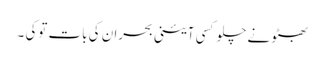
بھٹو نے چلو کسی آئینی بحران کی بات توکی ۔